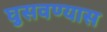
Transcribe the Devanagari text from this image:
घुसवण्यास